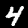
Digit: 4